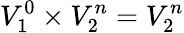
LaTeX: V_{1}^{0}\times V_{2}^{n}=V_{2}^{n}